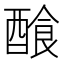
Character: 𨢁